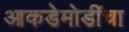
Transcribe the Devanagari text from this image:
आकडेमोडींचा